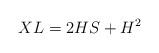
LaTeX: \begin{align*}XL=2HS+H^{2}\end{align*}